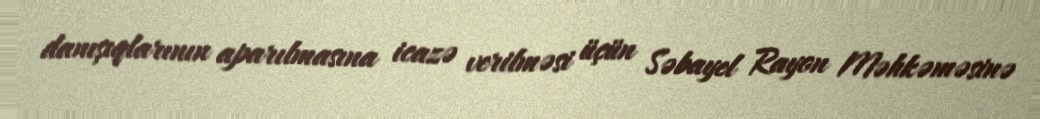
danışıqlarının aparılmasına icazə verilməsi üçün Səbayel Rayon Məhkəməsinə